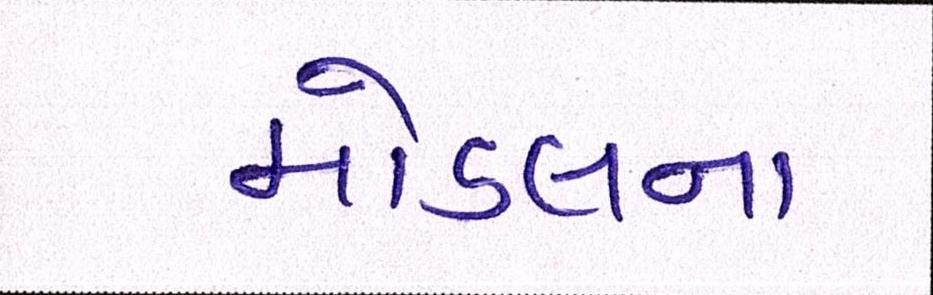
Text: મોડલના